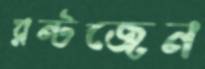
রন্টজেন